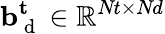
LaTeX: \mathbf{b}_{\mathrm{~d~}}^{\mathbf{t}}\in\mathbb{R}^{\textit{Nt}\times\textit{Nd}}